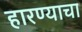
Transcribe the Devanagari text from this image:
हारण्याचा